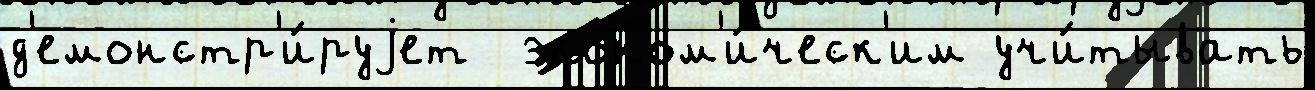
д'емонстр'и́руjет  эконом'и́ческ'им учи́тывать